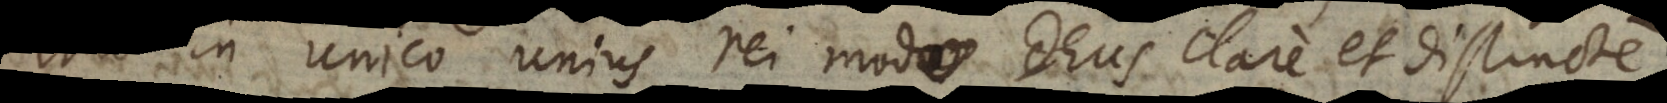
mo in unico unius rei modo Deus clare et distincte